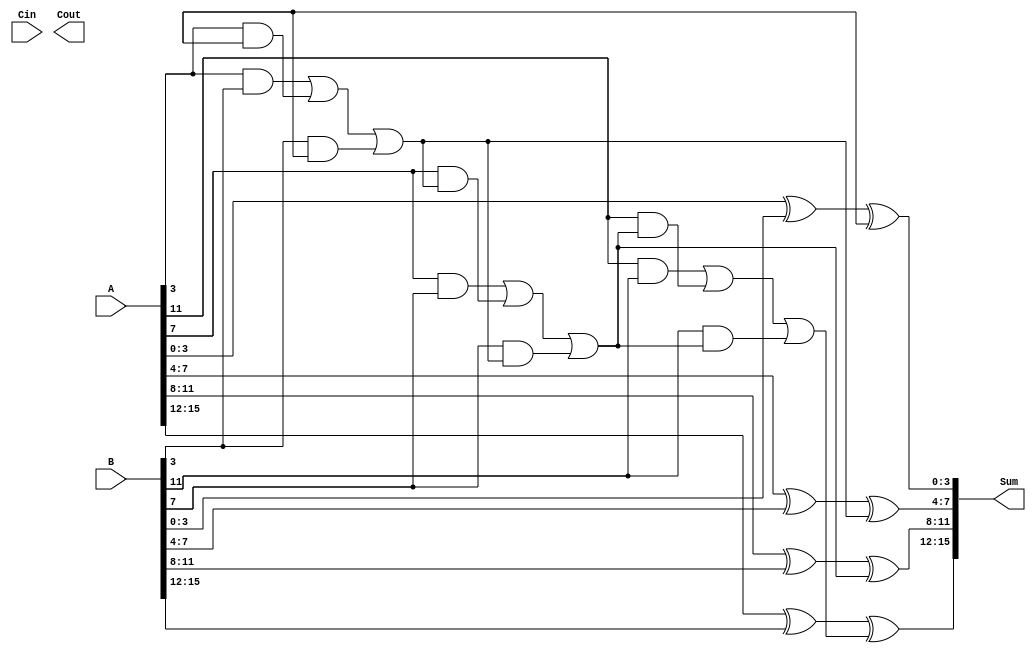
module han_carlson_adder #(parameter N = 16, // Total bit-width
                           parameter M = 4)  // Block size
(
    input [N-1:0] A,           // Input A
    input [N-1:0] B,           // Input B
    input Cin,                 // Carry-in
    output [N-1:0] Sum,        // Sum output
    output Cout                // Carry-out
);

    // Number of blocks
    localparam NUM_BLOCKS = N / M;

    // Wires for carry generation
    wire [NUM_BLOCKS:0] C; // Carry signals for each block
    wire [M-1:0] sum_block [0:NUM_BLOCKS-1]; // Sum outputs for each block
    
    // Block-level carry generation and sum calculation
    genvar i;
    generate
        for (i = 0; i < NUM_BLOCKS; i = i + 1) begin : block
            wire [M-1:0] A_block = A[i*M +: M]; // Extract 4 bits from A
            wire [M-1:0] B_block = B[i*M +: M]; // Extract 4 bits from B
            
            // Carry generation logic for the block
            assign C[i] = (A_block[M-1] & B_block[M-1]) | (A_block[M-1] & C[i-1]) | (B_block[M-1] & C[i-1]);
            assign sum_block[i] = A_block ^ B_block ^ C[i-1]; // Sum calculation
        end
    endgenerate

    // Final carry-out and sum concatenation
    assign Sum = {sum_block[NUM_BLOCKS-1], sum_block[NUM_BLOCKS-2], sum_block[NUM_BLOCKS-3], sum_block[NUM_BLOCKS-4]};
    assign Cout = C[NUM_BLOCKS];

endmodule